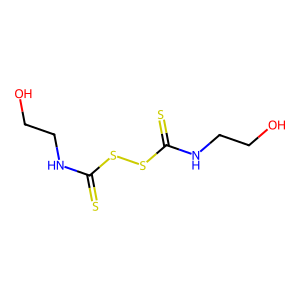
SMILES: OCCNC(=S)SSC(=S)NCCO
Inhibits HIV replication: No